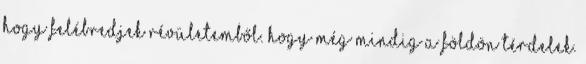
hogy felébredjek révületemből. hogy még mindig a földön térdelek.